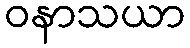
ဝနာသယာ